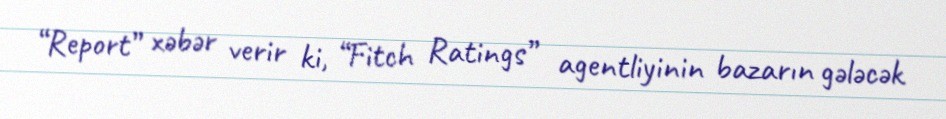
“Report” xəbər verir ki, “Fitch Ratings” agentliyinin bazarın gələcək